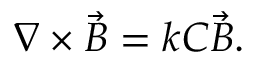
\nabla \times \vec { B } = k C \vec { B } .